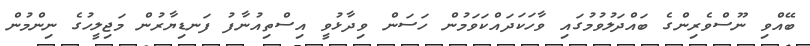
ބޭއްވި ނޫސްވެރިންގެ ބައްދަލުވުމުގައި ވާހަކަދައްކަވަމުން ހަސަން ވިދާޅުވީ އިސްތިއުނާފު ފަނޑިޔާރުން މަޖިލީހުގެ ނިންމުން